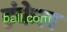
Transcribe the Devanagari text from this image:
हंकेल